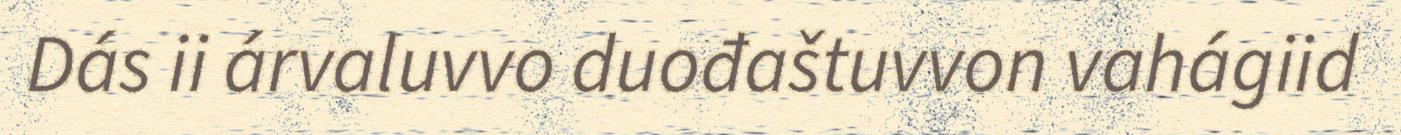
Dás ii árvaluvvo duođaštuvvon vahágiid